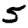
Digit: 5